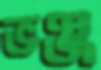
ভঞ্জ